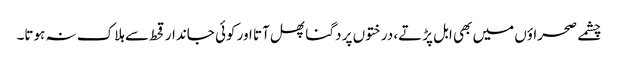
چشمے صحراؤں میں بھی ابل پڑتے، درختوں پر دگنا پھل آتا اور کوئی جاندار قحط سے ہلاک نہ ہوتا۔